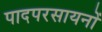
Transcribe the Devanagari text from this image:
पादपरसायनों